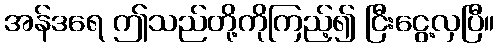
အန်ဒရေ ဤသည်တို့ကိုကြည့်၍ ငြီးငွေ့လှပြီ။